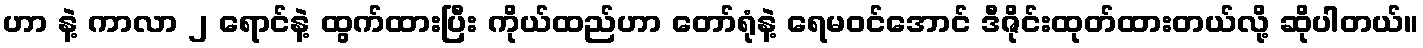
ဟာ နဲ့ ကာလာ ၂ ရောင်နဲ့ ထွက်ထားပြီး ကိုယ်ထည်ဟာ တော်ရုံနဲ့ ရေမဝင်အောင် ဒီဇိုင်းထုတ်ထားတယ်လို့ ဆိုပါတယ်။